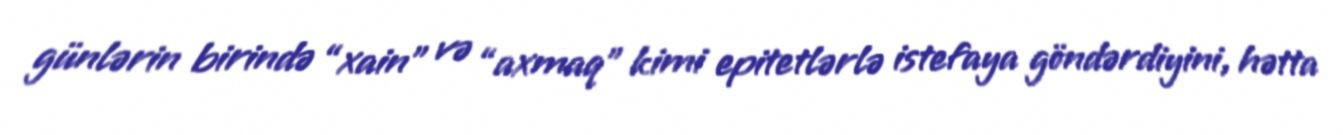
günlərin birində “xain” və “axmaq” kimi epitetlərlə istefaya göndərdiyini, hətta